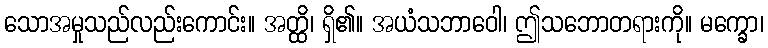
သောအမှုသည်လည်းကောင်း။ အတ္ထိ၊ ရှိ၏။ အယံသဘာဝေါ၊ ဤသဘောတရားကို။ မက္ခော၊